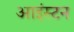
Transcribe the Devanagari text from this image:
आइंस्टन